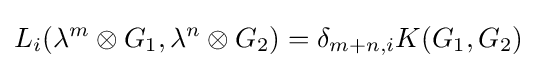
L_{i}(\lambda ^{m}\otimes G_{1},\lambda ^{n}\otimes G_{2})=\delta _{m+n,i}K(G_{1},G_{2})